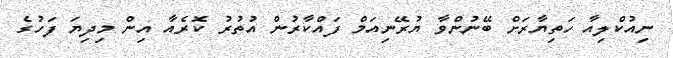
ނިއުކްލިއާ ހަތިޔާރަށް ބޭނުންވާ ޔުރޭނިއަމް ފައްކާރުން އުތުރު ކޮރެއާ އިން މިދިޔަ ފަހުގެ